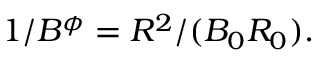
1 / B ^ { \phi } = R ^ { 2 } / ( B _ { 0 } R _ { 0 } ) .